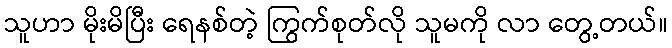
သူဟာ မိုးမိပြီး ရေနစ်တဲ့ ကြွက်စုတ်လို သူမကို လာ တွေ့တယ်။